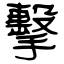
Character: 擊